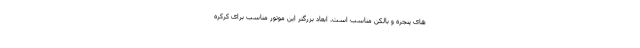
های پنجره و بالکن مناسب است. ابعاد بزرگتر این موتور مناسب برای کرکره